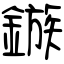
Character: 鏃